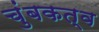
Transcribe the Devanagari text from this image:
चुंबकत्‍व